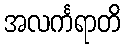
အလင်္ကရာတိ